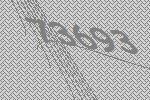
73693